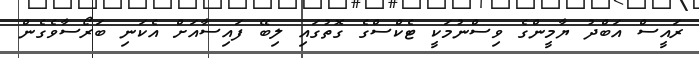
ރައީސް އަބްދު ޔާމީންގެ ވިސްނުމަކީ ޓެކްސްގެ ގޮތުގައި ލިބޭ ފައިސާއަށް އެކަނި ބަރޯސާވެގެން